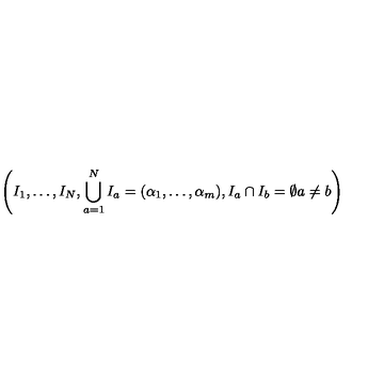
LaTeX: \left( I _ { 1 } , \ldots , I _ { N } , \bigcup _ { a = 1 } ^ { N } I _ { a } = ( \alpha _ { 1 } , \ldots , \alpha _ { m } ) , I _ { a } \cap I _ { b } = \emptyset a \neq b \right)